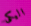
اليكى